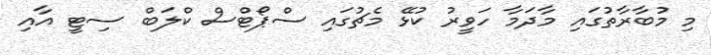
މި މުބާރާތުގައި މާދަމާ ހަވީރު ކުޅޭ މެޗުގައި ސްޕޯޓްސް ކްލަބް ސިޓީ އާއި